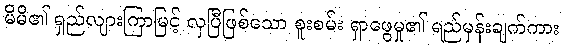
မိမိ၏ ရှည်လျားကြာမြင့် လှပြီဖြစ်သော စူးစမ်း ရှာဖွေမှု၏ ရည်မှန်းချက်ကား